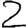
Digit: 2